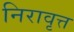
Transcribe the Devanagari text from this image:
निरावृत्त